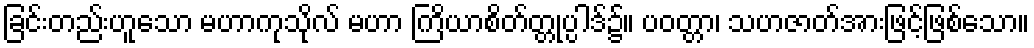
ခြင်းတည်းဟူသော မဟာကုသိုလ် မဟာ ကြိယာစိတ်တ္တုပ္ပါဒ်၌။ ပဝတ္တာ၊ သဟဇာတ်အားဖြင့်ဖြစ်သော။